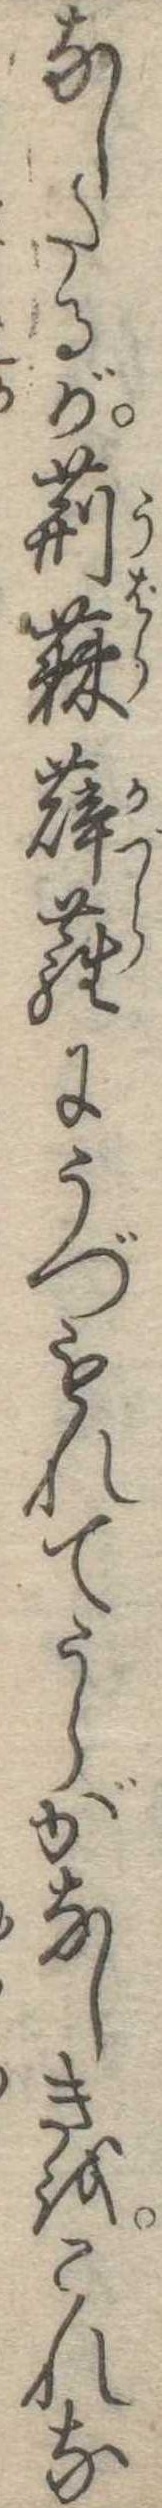
なしたるが荊蕀薜蘿にうづもれてうらがなしきをこれな